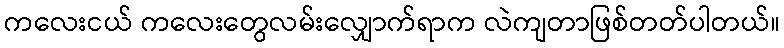
ကလေးငယ် ကလေးတွေလမ်းလျှောက်ရာက လဲကျတာဖြစ်တတ်ပါတယ်။